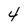
Character: 4